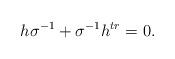
LaTeX: \begin{align*}h\sigma^{-1}+\sigma^{-1}h^{tr}=0.\end{align*}